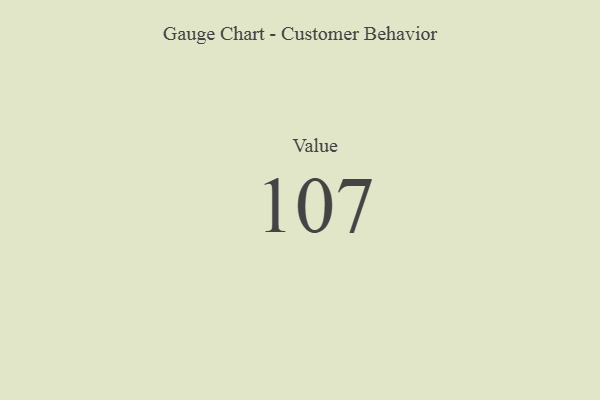
{"axis": {"x": "Metric", "y": "Value"}, "legend": [""], "data": [{"x": "Value", "y": 107, "type": ""}]}